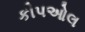
કીપઓલ